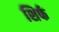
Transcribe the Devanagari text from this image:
शिर्फ